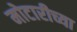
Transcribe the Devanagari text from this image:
मोटारीच्या